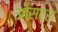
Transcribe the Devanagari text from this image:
ओसटर